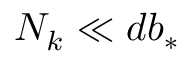
N _ { k } \ll d b _ { * }